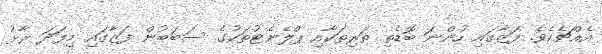
އެއްޗެކެވެ. ފަޒާގައި ހުންނަ ބޮޑެތި ތަރިތަކާއި ޕްލެނެޓުތަކުގެ ސަބަބުން ފަޒާގައި މިފަދަ ރާޅު